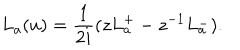
L _ { a } ( u ) = { \frac { 1 } { 2 i } } ( z L _ { a } ^ { + } - z ^ { - 1 } L _ { a } ^ { - } ) .